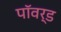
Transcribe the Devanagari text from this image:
पॉवर्ड